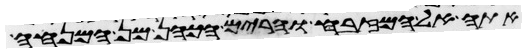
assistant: אתה אל המזבח והרים הכהן מן המנחה